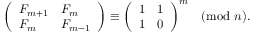
{ \left( \begin{array} { l l } { F _ { m + 1 } } & { F _ { m } } \\ { F _ { m } } & { F _ { m - 1 } } \end{array} \right) } \equiv { \left( \begin{array} { l l } { 1 } & { 1 } \\ { 1 } & { 0 } \end{array} \right) } ^ { m } { \pmod { n } } .